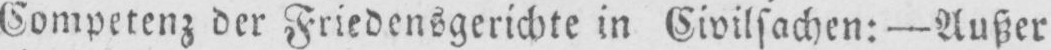
Competenz der Friedensgerichte in Civilsachen: - Außer